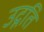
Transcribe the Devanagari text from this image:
उद्गति